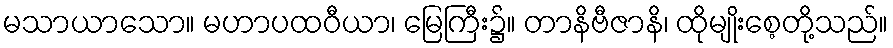
မသာယာသော။ မဟာပထဝီယာ၊ မြေကြီး၌။ တာနိဗီဇာနိ၊ ထိုမျိုးစေ့တို့သည်။